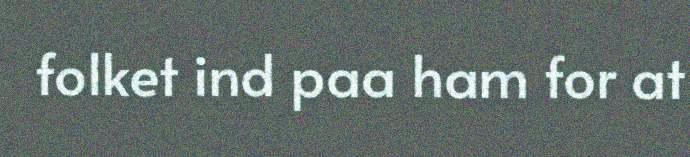
folket ind paa ham for at